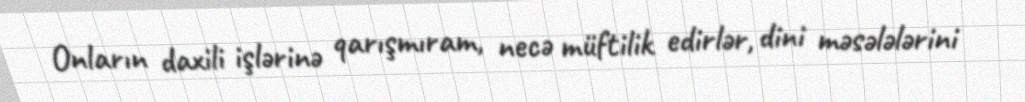
Onların daxili işlərinə qarışmıram, necə müftilik edirlər, dini məsələlərini